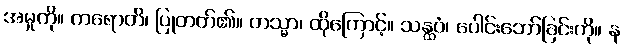
အမှုကို။ ကရောတိ၊ ပြုတတ်၏။ တသ္မာ၊ ထိုကြောင့်။ သန္ထဝံ၊ ပေါင်းဘော်ခြင်းကို။ န